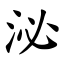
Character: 泌